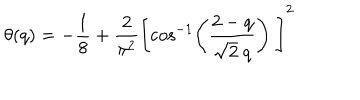
LaTeX: \theta ( q ) = - \frac { 1 } { 8 } + \frac { 2 } { \pi ^ { 2 } } \left[ \cos ^ { - 1 } \left( \frac { 2 - q } { \sqrt { 2 } \ q } \right) \ \right] ^ { 2 }